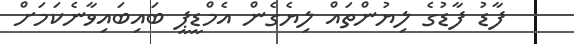
ފާޑު ފާޑުގެ ލިޔުންތައް ލިޔެގެން އެމްޑީޕީ ބައިބައިވާނެކަމަށް